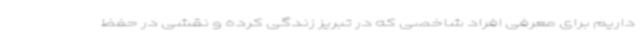
داریم برای معرفی افراد شاخصی که در تبریز زندگی کرده و نقشی در حفظ